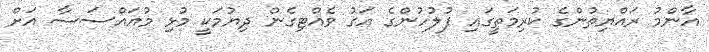
އާންމު ރައްޔިތުންގެ ކުރިމަތީގައި ފުލުހުންގެ އަގު ވެއްޓިގެން ދިޔުމަކީ މުޅި މުއައްސަސާ އަށް